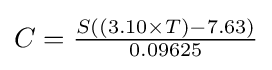
{\textstyle C={\frac {S((3.10\times T)-7.63)}{0.09625}}}